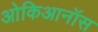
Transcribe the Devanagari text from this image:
ओकिआनॉस